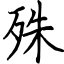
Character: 殊